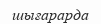
шығарарда